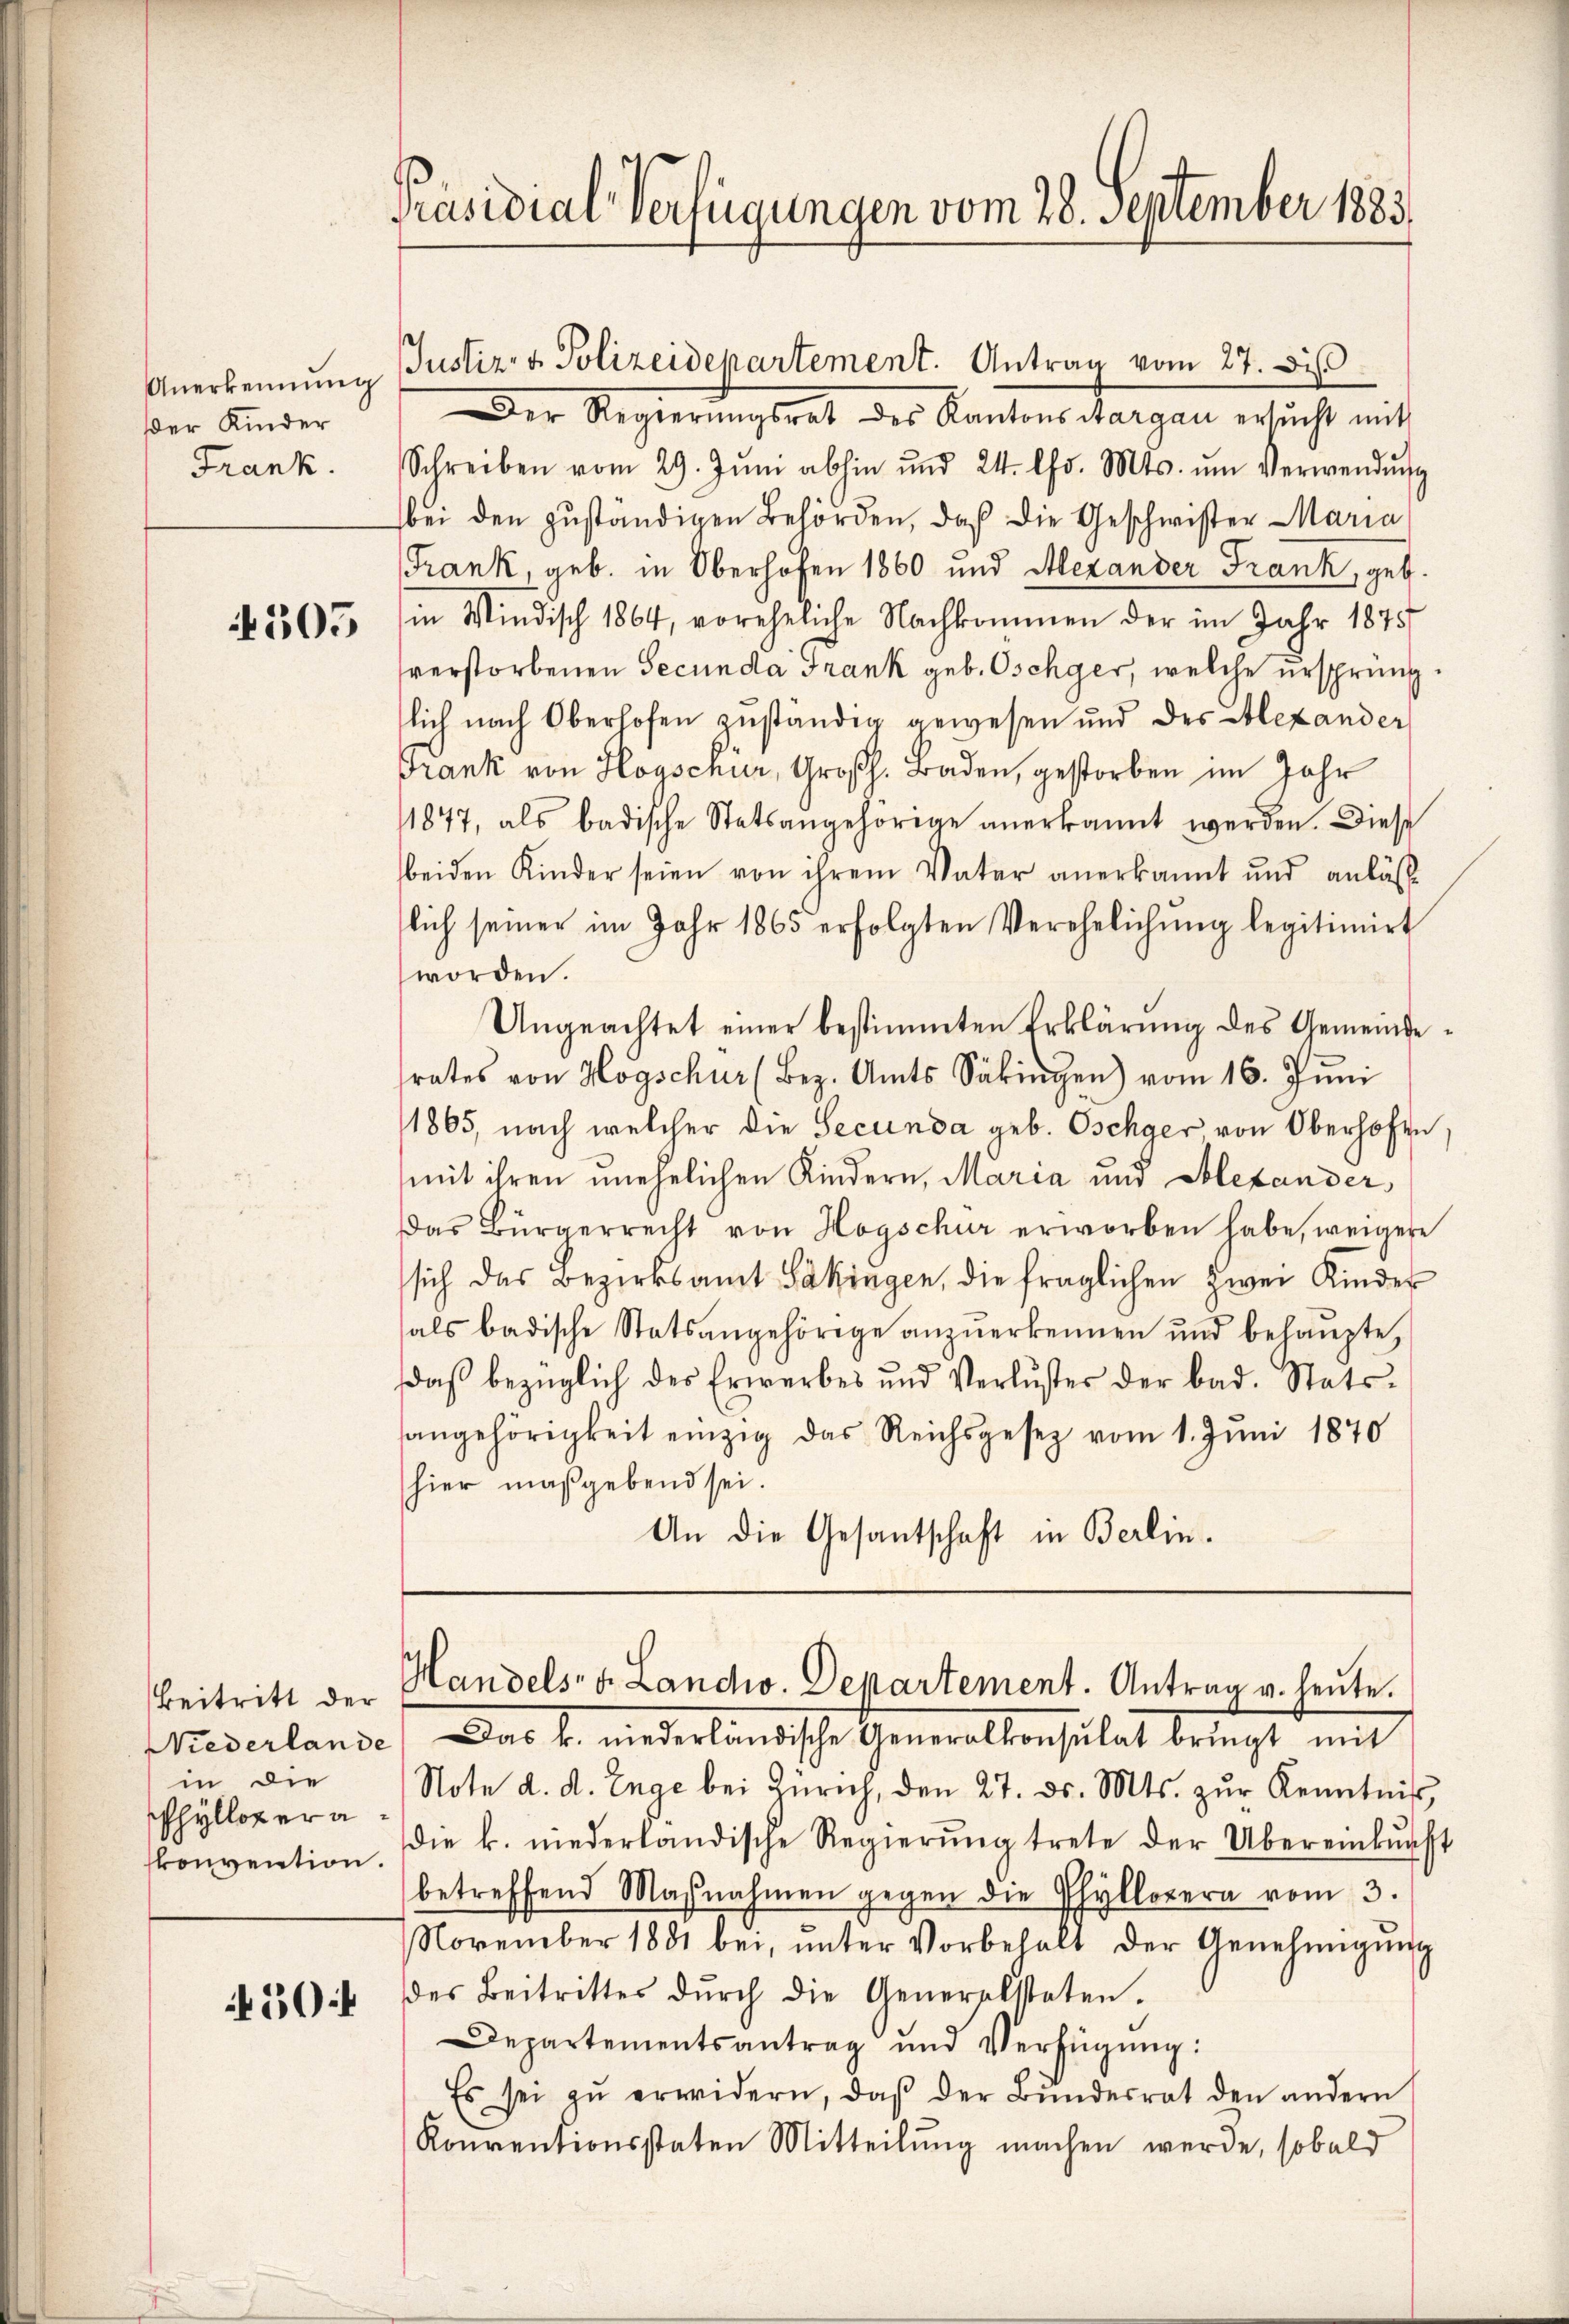
Anerkennung
Der Kinder
Frank.

505

Beitritt der
Niederlande
in die
sphyllopera
konvention.

504

Präsidial-Verfügungen vom 28. September 1883.

Justiz- & Polizeidepartement. Antrag vom 27. Di

Der Regierŭngsrat des Kantons Aargau ersucht mit
Schreiben vom 29. Jŭni abhin und 24. Chr. Mts. ŭm Verwendŭng
bei den zuständigen Behörden, daß die Geschwister Maria
Frank, geb. in Oberhofen 1860 und Alexander Frank, geb.
in Mindisch 1864, voreheliche Nachkommen der im Jahr 1875
verstorbenen Secunda Frank geb. Oschger, welche ursprung.
lich nach Oberhofen zuständig gewesen und des Alexander
Frank von Hogschür, Großh. Baden, gestorben im Jahr
11877, als badische Statsangehörige anerkannt werden. Diese
beiden Kinder seien von ihrem Vater anerkannt und anläss
lich seiner im Jahr 1865 erfolgten Verehelichŭng legitimirt
worden.
Ungeachtet einer bestimmten Erklärung des Gemeindesrates von Hogschur (Bez. Amts Säkingen) vom 16. Juni
1865, nach welcher die Secunda geb. Oschger von Oberhofen,
mit ihren unehelichen Kindern, Maria und Alexander
Das Bürgerrecht von Hogschur erworben habe, weigere
sich das Bezirksamt Säkingen, die fraglichen zwei Kinder
als badische Statsangehörige anzŭerkennen und behaŭpte,
daβ bezüglich des Erwerbes und Verluster der bad. Stats-
angehörigkeit einzig das Reichsgesetz vom 1. Jŭni 1870
hier maßgebend sei.
An die Gesantschaft in Berlin.

Handels, d. Landw. Departement. Antrag v. heute.
Das k. niederländische Generalkonsulat bringt mit

Note d. d. Enge bei Zürich, den 27. ds. Mts. zŭr Kenntnis,
die k. niederländische Regierŭng trete der Übereinkunft
betreffend Maβnahmen gegen die Phyllopern vom 3.
November 1881 bei, ŭnter Vorbehalt der Genehmigŭng
des Beitrittes dŭrch die Generalsteten.
Departementsantrag und Verfügŭng:
Es sei zŭ erwidern, daβ der Bŭndesrat den andern
Konventionsstaten Mitteilung machen werde, sobald